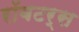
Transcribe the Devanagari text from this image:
रॉबटर्स